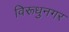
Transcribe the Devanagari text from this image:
विरूधुनगर